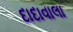
દાદાવાલા